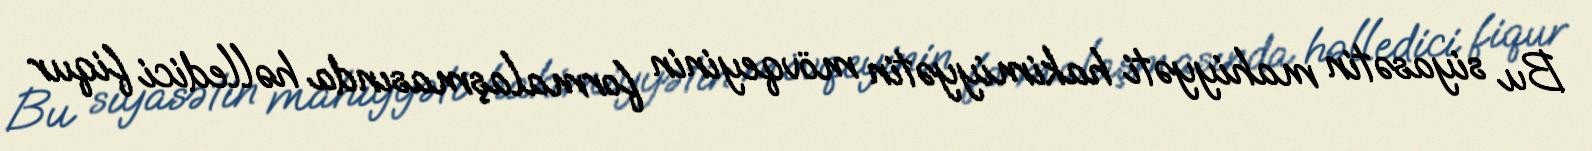
Bu siyasətin mahiyyəti hakimiyyətin mövqeyinin formalaşmasında həlledici fiqur